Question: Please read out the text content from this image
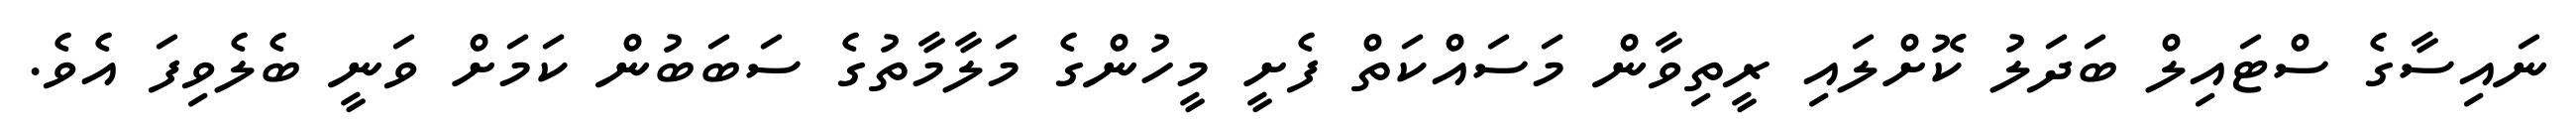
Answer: ނައިސާގެ ސްޓައިލް ބަދަލު ކޮށްލައި ރީތިވާން މަސައްކަތް ފެށީ މީހުންގެ މަލާމާތުގެ ސަބަބުން ކަމަށް ވަނީ ބެލެވިފަ އެވެ.